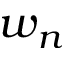
w _ { n }